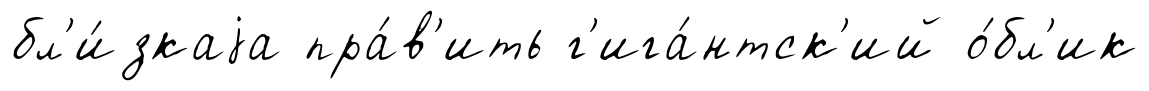
бл'и́зкаjа пра́в'ить г'ига́нтск'ий о́бл'ик